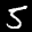
Label: 5